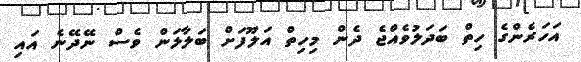
އަހަރެންގެ ހިތް ބަދަލުވެއްޖެ ދެން މިހިތް އަލޫފަށް ބަލާލަން ވެސް ނޭދޭނެ އައި